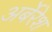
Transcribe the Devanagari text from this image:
अर्बेरेश